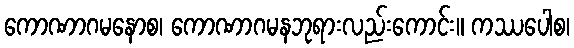
ကောဏာဂမနောစ၊ ကောဏာဂမနဘုရားလည်းကောင်း။ ကဿပေါစ၊